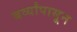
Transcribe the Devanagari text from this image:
बर्व्यांपासून